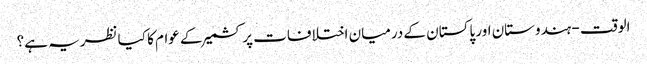
الوقت - ہندوستان اور پاکستان کے درمیان اختلافات پر کشمیر کے عوام کا کیا نظریہ ہے؟